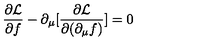
\frac { \partial { \cal L } } { \partial f } - \partial _ { \mu } [ \frac { \partial { \cal L } } { \partial ( \partial _ { \mu } f ) } ] = 0